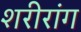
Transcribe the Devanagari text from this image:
शरीरांग